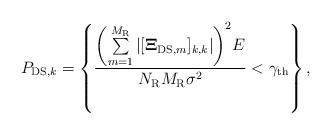
LaTeX: \begin{align*}{{ P}_{{\rm{DS}},k}} = \left\{\frac{{{\left(\sum\limits_{m = 1}^{{M_{\rm{R}}}}\left|[{{{\bf{\Xi}}_{{\rm{DS}},m}}}]_{k,k}\right|\right)^2}E}}{{{N_{\rm{R}}}{M_{\rm{R}}}{\sigma ^2}}}<\gamma_{\rm th}\right\},\end{align*}